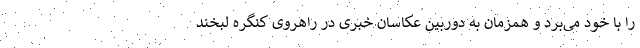
را با خود می‌بُرد و همزمان به دوربین عکاسان خبری در راهروی کنگره لبخند